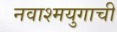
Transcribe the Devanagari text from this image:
नवाश्मयुगाची